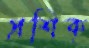
প্রশিক্